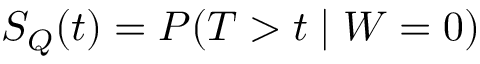
S _ { Q } ( t ) = P ( T > t \mid W = 0 )